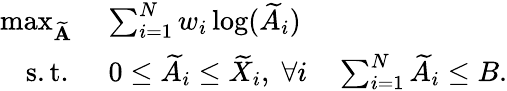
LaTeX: \begin{array}{rl}{\operatorname*{max}_{\widetilde{\mathbf{A}}}\; }&{\sum_{i=1}^{N}w_{i}\log(\widetilde{A}_{i})}\\ {\mathrm{s.t.~}}&{0\leq\widetilde{A}_{i}\leq\widetilde{X}_{i},\; \forall i\quad\sum_{i=1}^{N}\widetilde{A}_{i}\leq B.}\end{array}